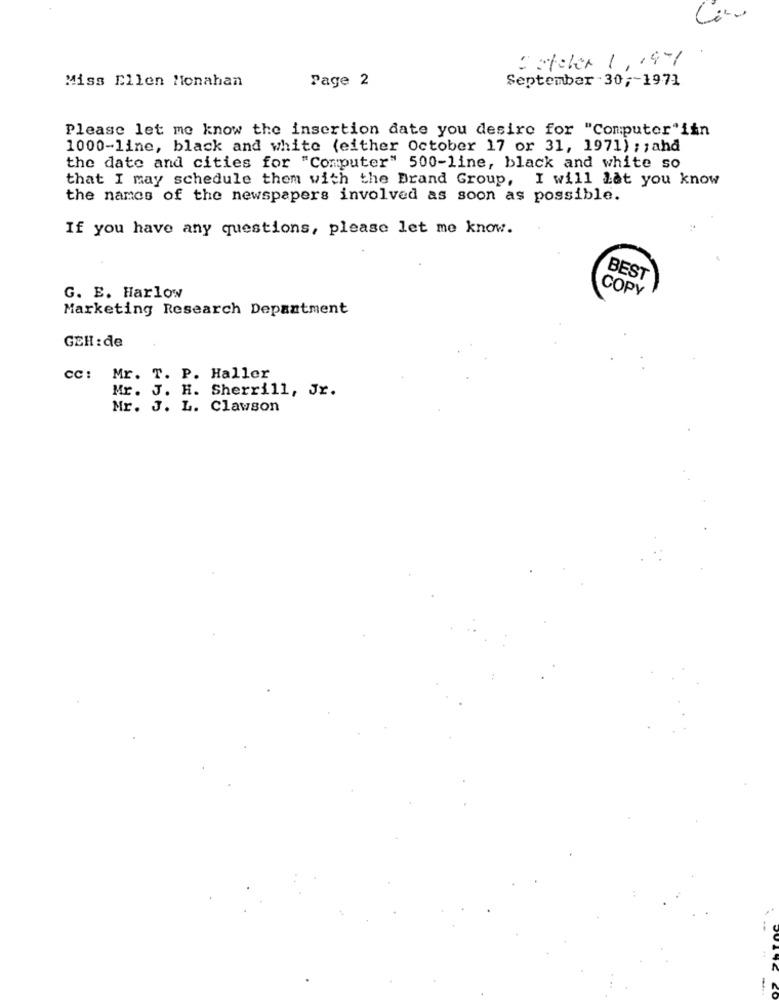
October 1,1971
Miss Ellen Monahan
Page 2
September - 30 ;- 1971
Please let me know the insertion date you desire for "Computer"iin
1000-line, black and white (either October 17 or 31, 1971) ; ; ahd
the date and cities for "Computer" 500-line, black and white so
that I may schedule them with the Brand Group, I will Lat you know
the names of the newspapers involved as soon as possible.
If you have any questions, please let me know.
BEST
COPY
G. E. Harlow
Marketing Research Department
GEH : de
CC: Mr. T. P. Haller
Mr. J. H. Sherrill, Jr.
Mr. J. L. Clawson